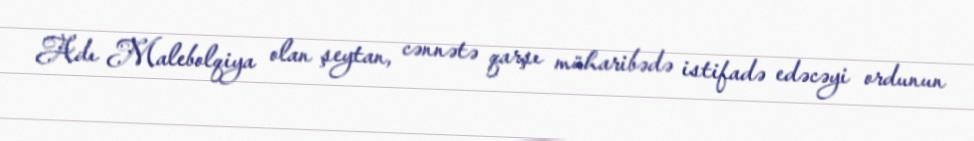
Adı Malebolqiya olan şeytan, cənnətə qarşı müharibədə istifadə edəcəyi ordunun